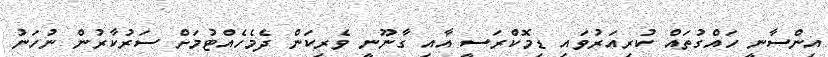
އިންސާނީ ހައްގުތައް ކުރިއަރުވައި ޑިމޮކްރަސީ އާއި ގާނޫނީ ވެރިކަން ދެމެހެއްޓުމަށް ސަރުކާރުން ނުހަނު